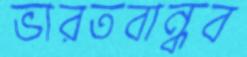
ভারতবান্ধব